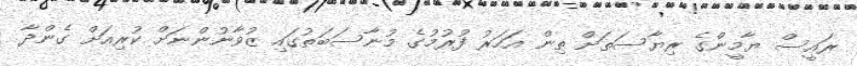
ރައީސް ޔާމީންގެ ރިޔާސަތަށް ތިން އަހަރު ފުރުމުގެ މުނާސަބަތުގައި ޒުވާނުންނަށް ކުރިއަށް ގެންދާ